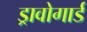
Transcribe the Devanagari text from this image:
ड्रावोगार्ड